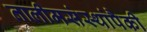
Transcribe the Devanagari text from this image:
तालीमसंस्थांपैकी